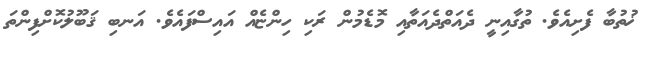
ޚުތުބާ ފެށިއެވެ. ތުގާއިނީ ދެއަތްދެއަތާއި މޮޑެމުން ރަކި ހިންޏެއް އައިސްފަައެވެ. އަނބި ޤަބޫލުކޮށްފިންތަ